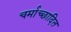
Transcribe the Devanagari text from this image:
चर्माच्छादित